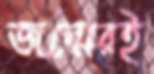
জন্মেরই